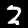
Digit: 2